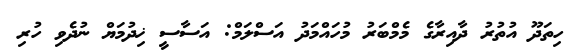
ހިތަދޫ އުތުރު ދާއިރާގެ މެމްބަރު މުހައްމަދު އަސްލަމް: އަސާސީ ޚިދުމަޔް ނުދެވި ހުރި